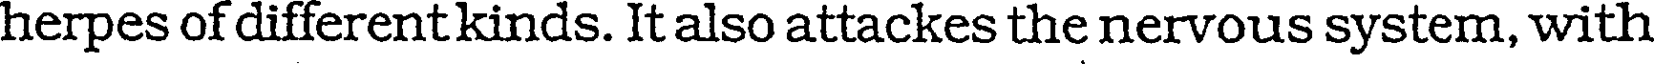
herpes of different kinds. It also attackes the nervous system, with